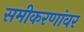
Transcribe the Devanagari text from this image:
समीकरणांवर